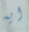
ايه